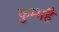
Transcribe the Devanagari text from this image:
कुम्भहै